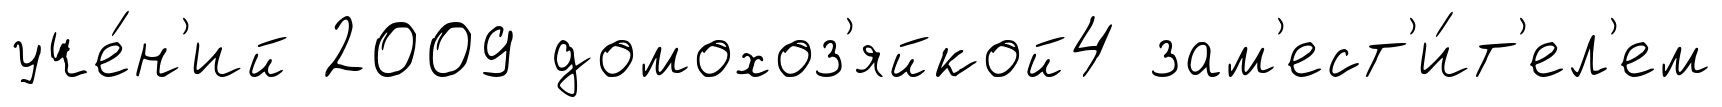
уче́н'ий 2009 домохоз'яйкой4 зам'ест'и́т'ел'ем